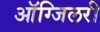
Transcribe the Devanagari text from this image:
ऑग्जिलरी